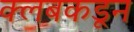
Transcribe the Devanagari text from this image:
क्‍लबकडून